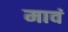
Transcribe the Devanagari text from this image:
मावं